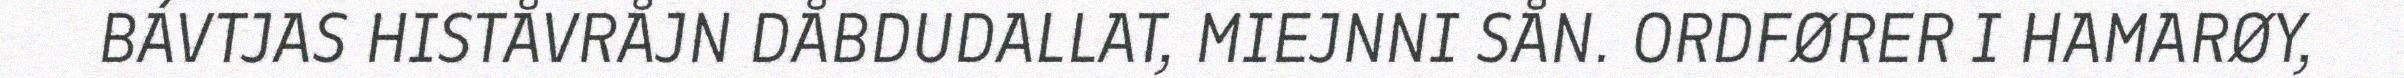
BÁVTJAS HISTÅVRÅJN DÅBDUDALLAT, MIEJNNI SÅN. ORDFØRER I HAMARØY,